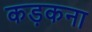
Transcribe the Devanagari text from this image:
कड़कना